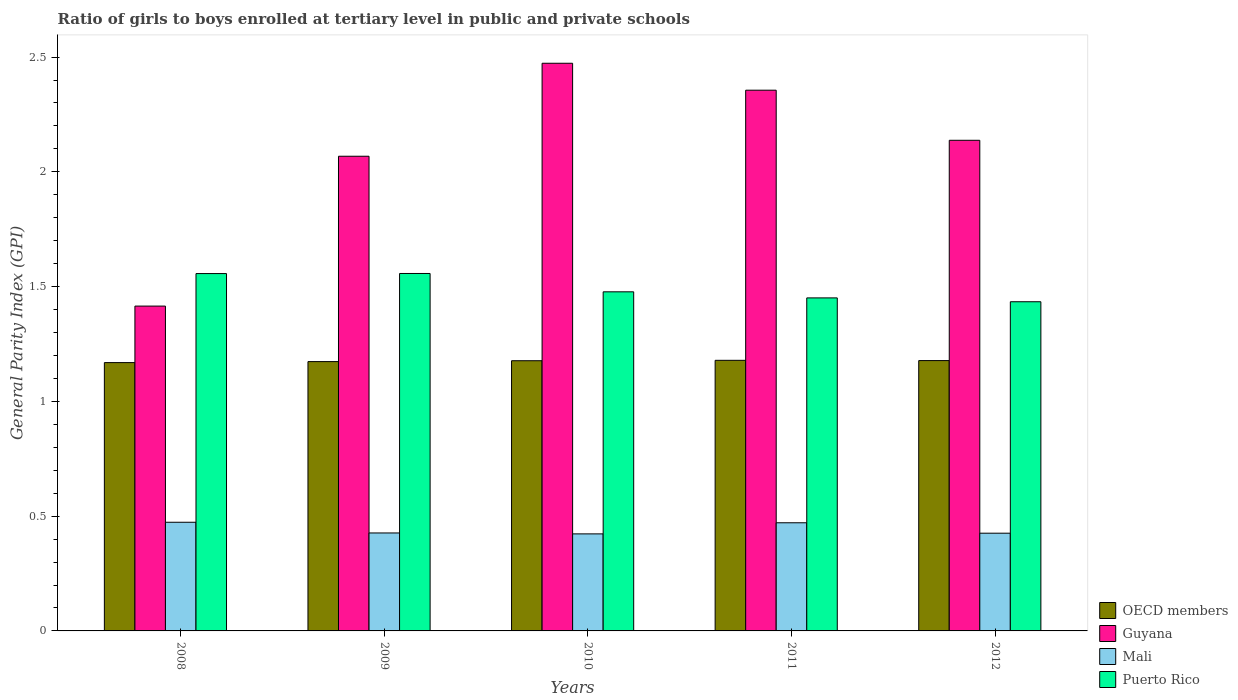
| Years | OECD members | Guyana | Mali | Puerto Rico |
 | --- | --- | --- | --- | --- |
 | 2008 | 1.17 | 1.42 | 0.473 | 1.56 |
 | 2009 | 1.17 | 2.07 | 0.427 | 1.56 |
 | 2010 | 1.18 | 2.47 | 0.423 | 1.48 |
 | 2011 | 1.18 | 2.36 | 0.471 | 1.45 |
 | 2012 | 1.18 | 2.14 | 0.426 | 1.43 |